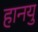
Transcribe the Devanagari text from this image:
हानयु